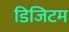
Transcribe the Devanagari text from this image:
डिजिटम